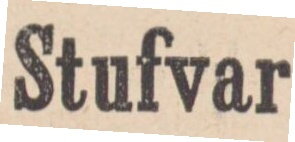
Stufvar